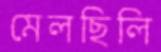
মেলছিলি